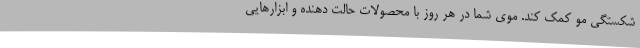
شکستگی مو کمک کند. موی شما در هر روز با محصولات حالت دهنده و ابزارهایی